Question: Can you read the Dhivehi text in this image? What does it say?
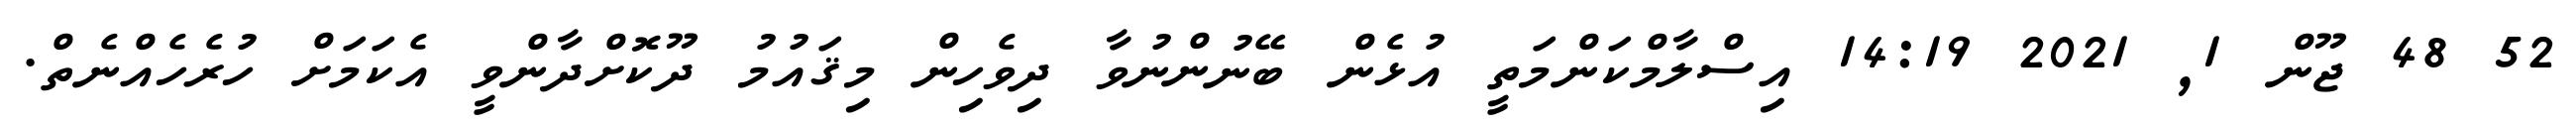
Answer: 52 48 ޖޫން 1, 2021 14:19 އިސްލާމްކަންމަތީ އުޅެން ބޭނުންނުވާ ދިވެހިން މިޤައުމު ދޫކޮށްދާންވީ އެކަމަށް ހުރެހެއްނެތް.